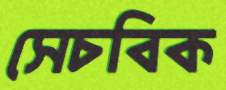
সেচবিক